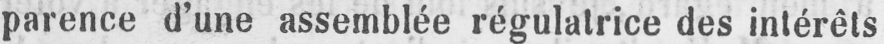
parence d’une assemblée régulatrice des intérêts